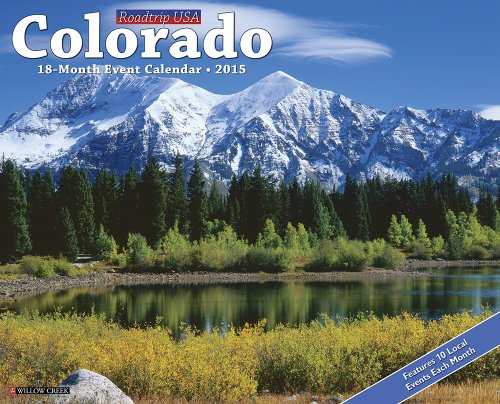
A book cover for Colorado 2015 Wall Calendar (Roadtrip USA); Willow Creek Press; Calendars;